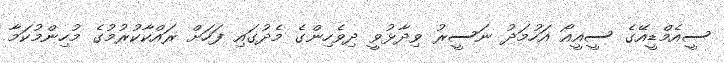
ސީއެމްޑީއޭގެ ސީއީއޯ އަހުމަދު ނަސީރު ވިދާޅުވީ ދިވެހިންގެ މެދުގައި ފަހަށް ރައްކާކުރުމުގެ މުހިންމުކަމާ